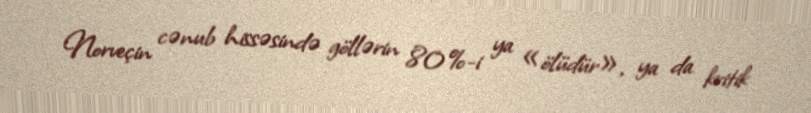
Norveçin cənub hissəsində göllərin 80%-i ya «ölüdür», ya da kritik